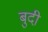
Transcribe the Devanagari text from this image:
बुदी